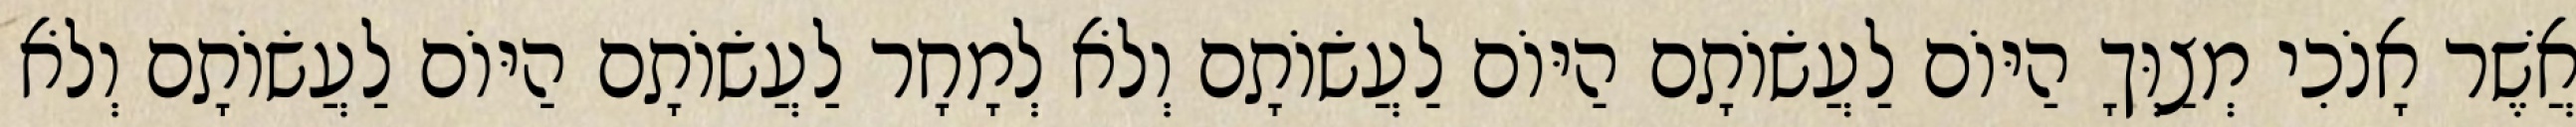
אֲשֶׁר אָנֹכִי מְצַוְּךָ הַיּוֹם לַעֲשׂוֹתָם הַיּוֹם לַעֲשׂוֹתָם וְלֹא לְמָחָר לַעֲשׂוֹתָם הַיּוֹם לַעֲשׂוֹתָם וְלֹא